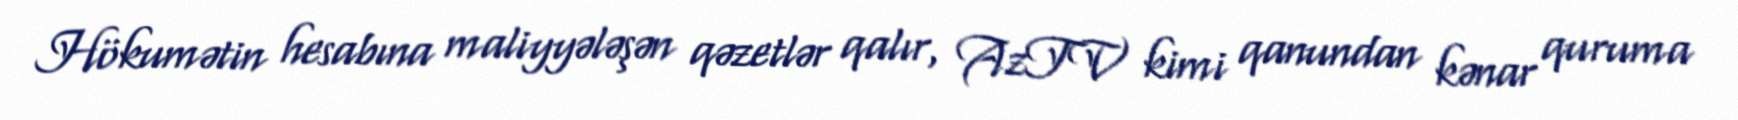
Hökumətin hesabına maliyyələşən qəzetlər qalır, AzTV kimi qanundan kənar quruma